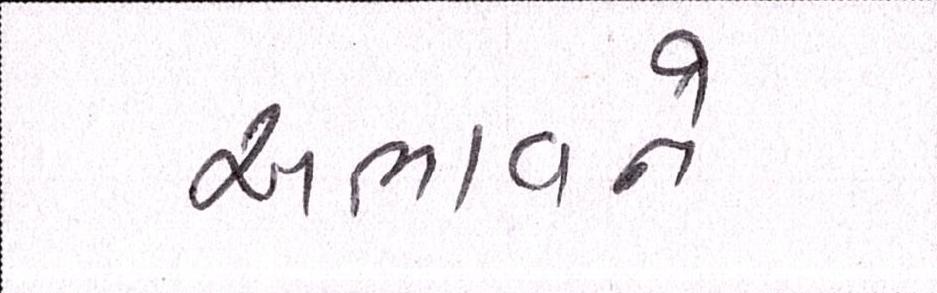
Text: અભાવને